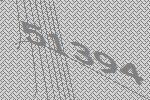
51394